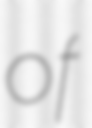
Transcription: of